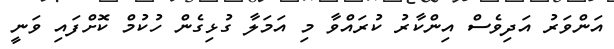
އަންވަރު އަދިވެސް އިންކާރު ކުރައްވާ މި އަމަލާ ގުޅިގެން ހުކުމް ކޮށްފައި ވަނީ